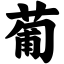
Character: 葡